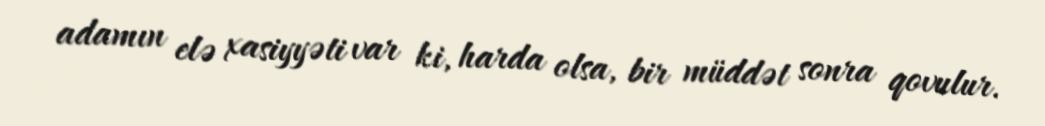
adamın elə xasiyyəti var ki, harda olsa, bir müddət sonra qovulur.